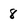
Character: 8